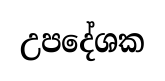
උපදේශක